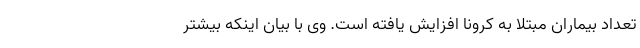
تعداد بیماران مبتلا به کرونا افزایش یافته است. وی با بیان اینکه بیشتر